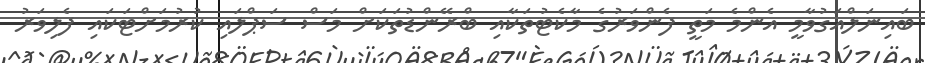
ބައިނަލްއަގުވާމީ އެންމެ މަތީ ފެންވަރުގެ މާކެޓުތަކާއި ބްރޭންޑުތަކަށް މަސް ސަޕްލައި ކުރުމަށްޓަކައި ފެލިވަރު